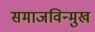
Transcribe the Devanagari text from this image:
समाजविन्मुख